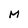
Character: M